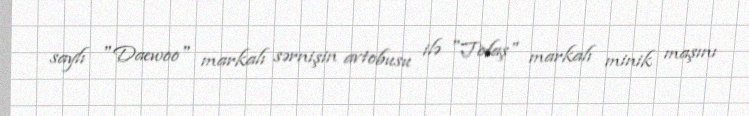
saylı "Daewoo" markalı sərnişin avtobusu ilə "Tofaş" markalı minik maşını